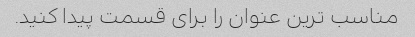
مناسب ترین عنوان را برای قسمت پیدا کنید.